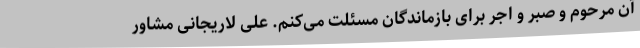
آن مرحوم و صبر و اجر برای بازماندگان مسئلت می‌کنم. علی لاریجانی مشاور